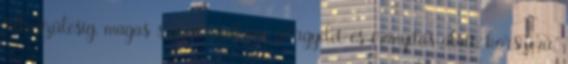
felkészülésig, magas szintű szakmai felügyelet és irányítás alatt, korszerű,